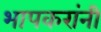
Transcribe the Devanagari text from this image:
भापकरांनी